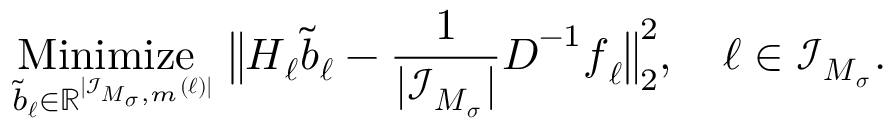
\underset { \b { \tilde { b } } _ { \boldsymbol \ell } \in \mathbb R ^ { | \mathcal I _ { \boldsymbol M _ { \boldsymbol \sigma } , m } ( \boldsymbol \ell ) | } } { \mathrm { M i n i m i z e ~ } } \ \big \| \boldsymbol H _ { \boldsymbol \ell } \b { \tilde { b } } _ { \boldsymbol \ell } - \frac { 1 } { | \mathcal I _ { \boldsymbol M _ { \boldsymbol \sigma } } | } \boldsymbol D ^ { - 1 } \boldsymbol f _ { \boldsymbol \ell } \big \| _ { 2 } ^ { 2 } , \quad \boldsymbol \ell \in \mathcal I _ { \boldsymbol M _ { \boldsymbol \sigma } } .